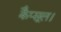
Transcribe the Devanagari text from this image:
कैप्सूल।